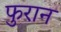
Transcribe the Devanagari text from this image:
फुरान